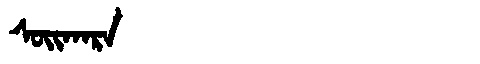
Manchu: ᠰᠣᡳᡴᠠᡵᠠ
Romanization: SOIKARA